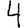
Digit: 4